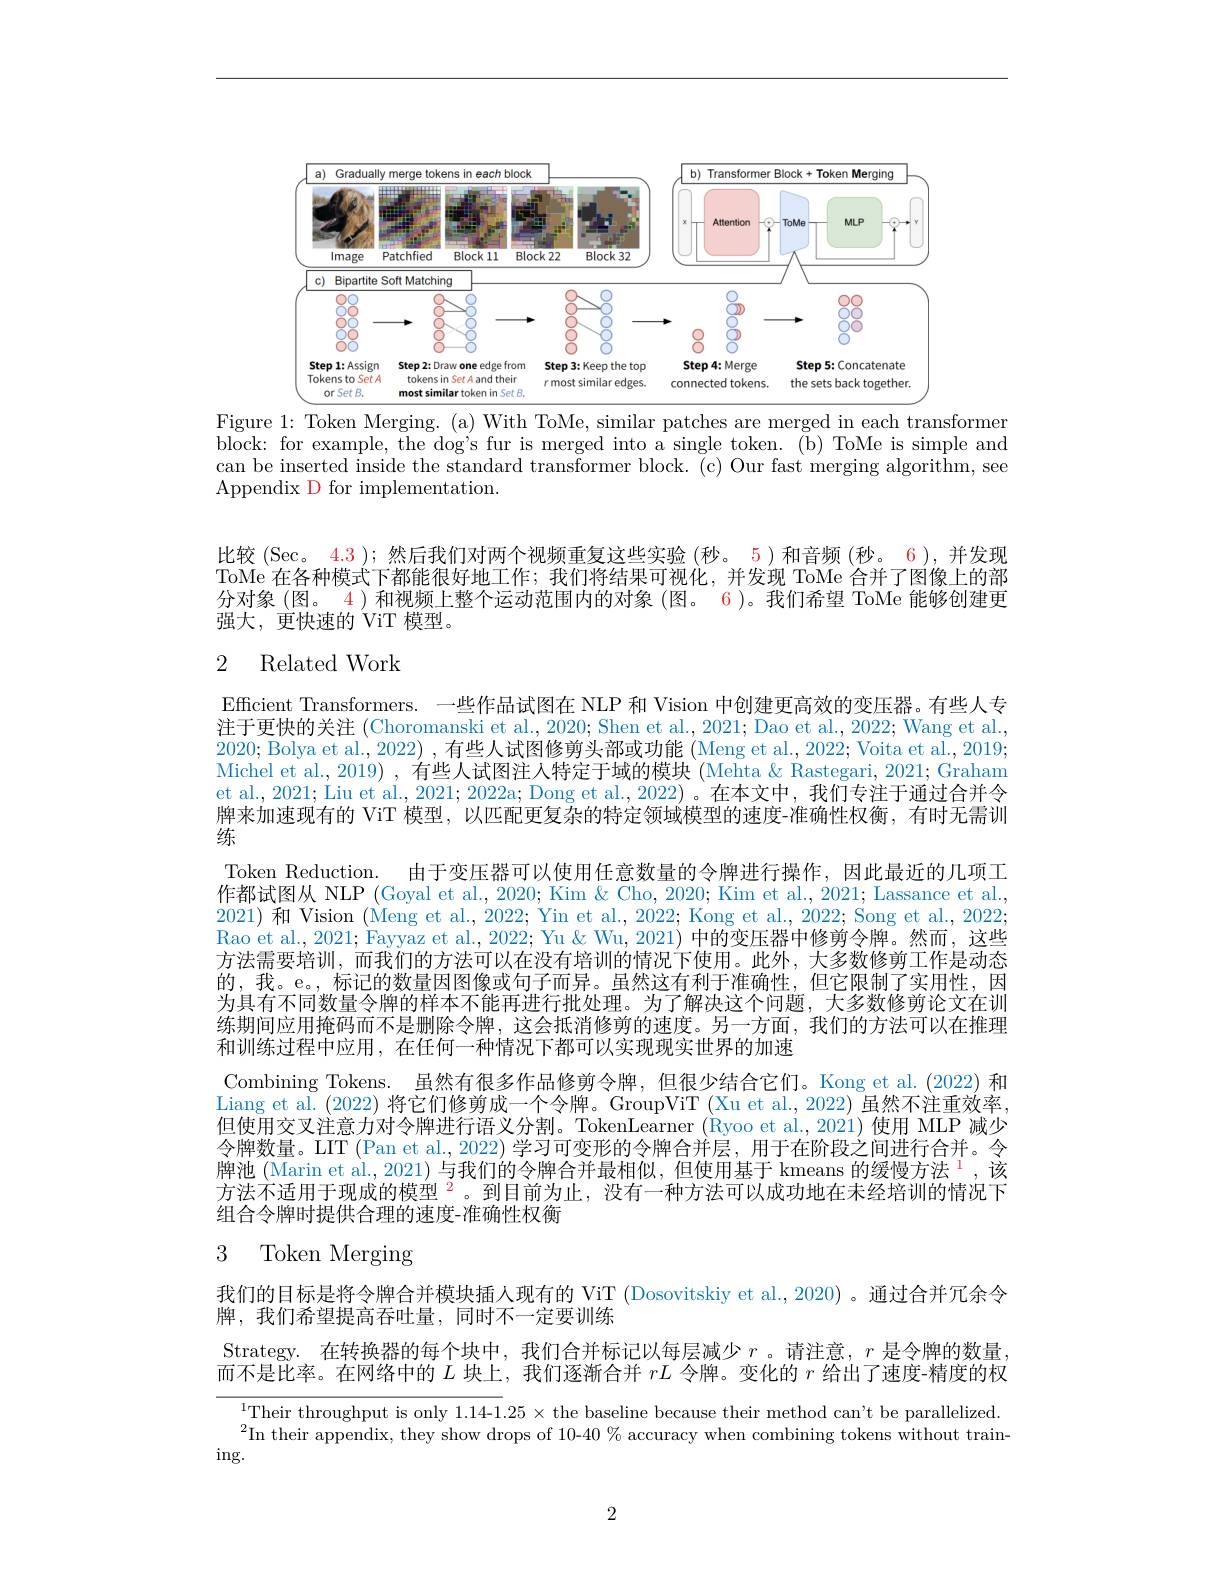
<FigureHere>

Figure 1: Token Merging. (a) With ToMe, similar patches are merged in each transformer block: for example, the dog's fur is merged into a single token. (b) ToMe is simple and can be inserted inside the standard transformer block. (c) Our fast merging algorithm, see Appendix D for implementation.

比较 (Sec。4.3 ); 然后我们对两个视频重复这些实验 (秒。5)和音频 (秒。6),并发现ToMe 在各种模式下都能很好地工作；我们将结果可视化，并发现 ToMe 合并了图像上的部分对象(图。4)和视频上整个运动范围内的对象 (图。6)。我们希望 ToMe 能够创建更强大，更快速的 ViT 模型。

## 2 Related Work

Efficient Transformers. 一些作品试图在 NLP 和 Vision 中创建更高效的变压器。有些人专注于更快的关注 (Choromanski et al., 2020; Shen et al., 2021; Dao et al., 2022; Wang et al., 2020; Bolya et al., 2022) , 有些人试图修剪头部或功能 (Meng et al., 2022; Voita et al., 2019; Michel et al., 2019) , 有些人试图注入特定于域的模块 (Mehta & Rastegari, 2021; Graham et al., 2021; Liu et al., 2021; 2022a; Dong et al., 2022) 。在本文中，我们专注于通过合并令牌来加速现有的 ViT 模型，以匹配更复杂的特定领域模型的速度-准确性权衡，有时无需训练
Token Reduction. 由于变压器可以使用任意数量的令牌进行操作，因此最近的几项工作都试图从 NLP (Goyal et al., 2020; Kim & Cho, 2020; Kim et al., 2021; Lassance et al., 2021) 和 Vision (Meng et al., 2022; Yin et al., 2022; Kong et al., 2022; Song et al., 2022; Rao et al., 2021; Fayyaz et al., 2022; Yu & Wu, 2021) 中的变压器中修剪令牌。然而，这些方法需要培训，而我们的方法可以在没有培训的情况下使用。此外，大多数修剪工作是动态的，我。e。,标记的数量因图像或句子而异。虽然这有利于准确性，但它限制了实用性，因为具有不同数量令牌的样本不能再进行批处理。为了解决这个问题，大多数修剪论文在训练期间应用掩码而不是删除令牌，这会抵消修剪的速度。另一方面，我们的方法可以在推理和训练过程中应用，在任何一种情况下都可以实现现实世界的加速
Combining Tokens. 虽然有很多作品修剪令牌，但很少结合它们。Kong et al.(2022) 和Liang et al. (2022)将它们修剪成一个令牌。GroupViT (Xu et al., 2022) 虽然不注重效率， 但使用交叉注意力对令牌进行语义分割。TokenLearner (Ryoo et al., 2021) 使用 MLP 减少令牌数量。LIT (Pan et al., 2022) 学习可变形的令牌合并层，用于在阶段之间进行合并。令牌池 (Marin et al., 2021) 与我们的令牌合并最相似，但使用基于 kmeans 的缓慢方法$^{\mathrm{l}}$,该方法不适用于现成的模型$^{2}$。到目前为止，没有一种方法可以成功地在未经培训的情况下组合令牌时提供合理的速度-准确性权衡

## 3 Token Merging

我们的目标是将令牌合并模块插人现有的 ViT (Dosovitskiy et al., 2020) 。通过合并冗余令
牌，我们希望提高吞吐量，同时不一定要训练

Strategy. 在转换器的每个块中，我们合并标记以每层减少 $r$ 。请注意，$r$ 是令牌的数量， 而不是比率。在网络中的$L$块上，我们逐渐合并$rL$令牌。变化的$r$给出了速度-精度的权

$\overline{^{1}\text{Their throughput is only 1.14-1}.25\times\mathrm{the~baseline~because~their~method~can't~be~parallelized.}}$ $^2$In their appendix, they show drops of 10-40 % accuracy when combining tokens without train-
$\operatorname{ing}.$

2